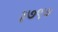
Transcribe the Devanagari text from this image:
३७९७